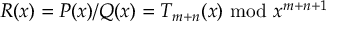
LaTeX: R ( x ) = P ( x ) / Q ( x ) = T _ { m + n } ( x ) { \mathrm { ~ m o d ~ } } x ^ { m + n + 1 }